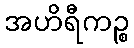
အဟိရီကဉ္စ